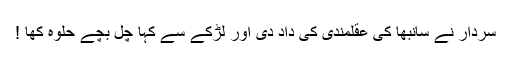
سردار نے سانبھا کی عقلمندی کی داد دی اور لڑکے سے کہا چل بچے حلوہ کھا !